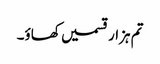
تم ہزار قسمیں کھاؤ۔